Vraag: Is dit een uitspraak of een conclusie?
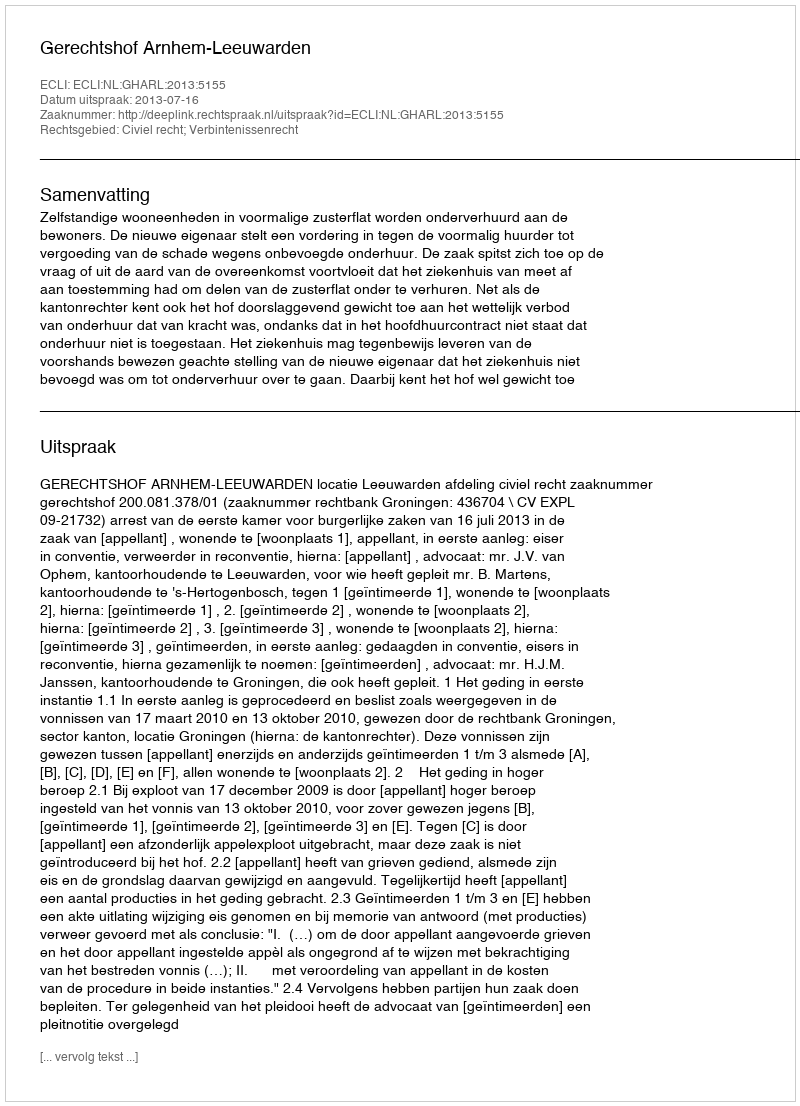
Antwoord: Uitspraak